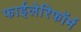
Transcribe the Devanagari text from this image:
फाईलेरिफॉर्म